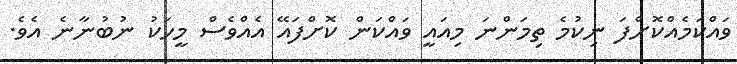
ވައްކަމެއްކޮށްފަ ނިކުމެ ތިމަންނަ މިއައީ ވައްކަން ކޮށްފައޭ އެއްވެސް މީހަކު ނުބުނާނެ އެވެ.